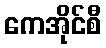
ကေအိုင်စီ